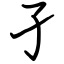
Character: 孑